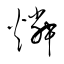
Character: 燐